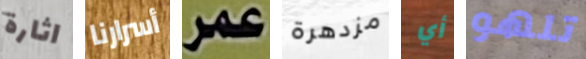
اثارة أسرارنا عمر مزدهرة أي تلهو